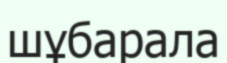
шұбарала